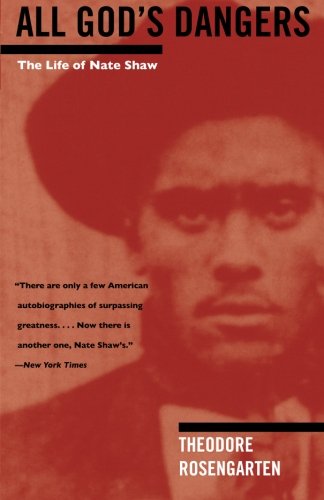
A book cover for All God's Dangers: The Life of Nate Shaw; Theodore Rosengarten; Business & Money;